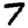
Digit: 7